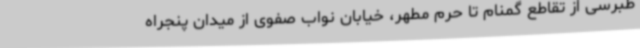
طبرسی از تقاطع گمنام تا حرم مطهر، خیابان نواب صفوی از میدان پنجراه